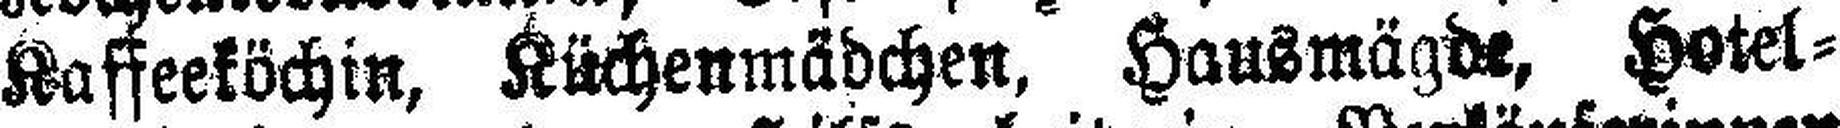
Kaffeeköchin, Küchenmädchen, Hausmägde, Hotel¬